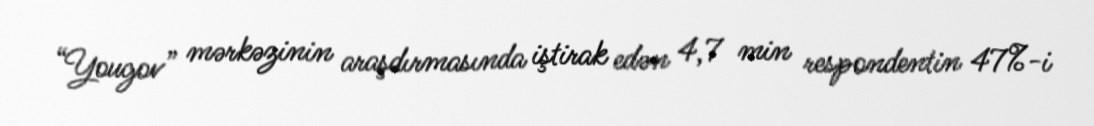
“Yougov” mərkəzinin araşdırmasında iştirak edən 4,7 min respondentin 47%-i